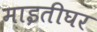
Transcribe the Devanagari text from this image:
माइतीघर